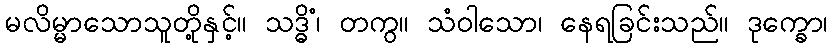
မလိမ္မာသောသူတို့နှင့်။ သဒ္ဓိံ၊ တကွ။ သံဝါသော၊ နေရခြင်းသည်။ ဒုက္ခော၊